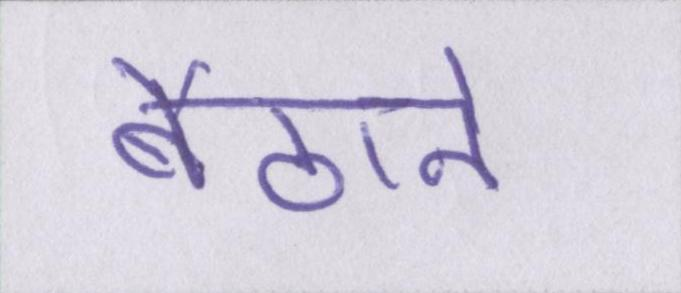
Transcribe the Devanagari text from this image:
बैठाने